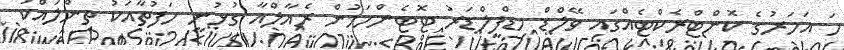
ހަ އަހަރުގެ ކޮންޓްރެކްޓެއްގައި ވޭލްޑް މިޑްފީލްޑަރު ޓޮޓެންހަމުން ރެއާލްއާ ގުޅުނީ ހަފުތާއަކު ތިންލައްކަ